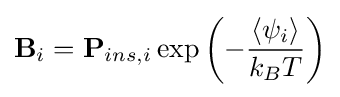
\mathbf {B} _{i}=\mathbf {P} _{ins,i}\exp \left(-{\frac {\left\langle \psi _{i}\right\rangle }{k_{B}T}}\right)